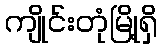
ကျိုင်းတုံမြို့ရှိ